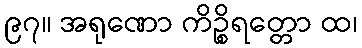
၉၇။ အရုဏော ကိဉ္စိရတ္တော ထ၊